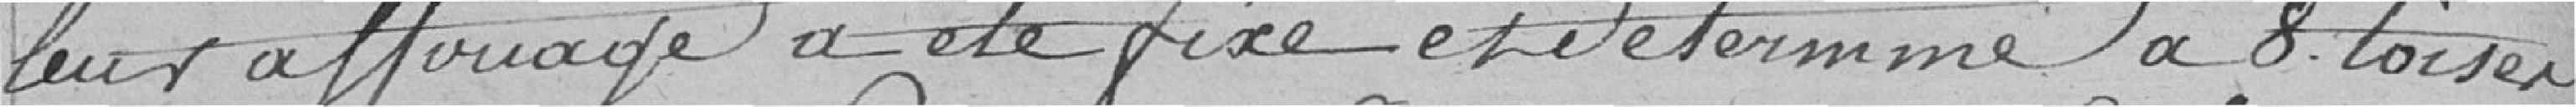
Leur affouage a été fixé et déterminé à 8 toises